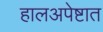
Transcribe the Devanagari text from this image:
हालअपेष्टात